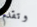
وتقدم